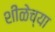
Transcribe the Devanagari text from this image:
शीळेच्या